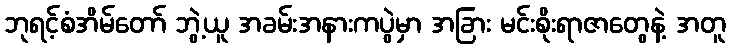
ဘုရင့်စံအိမ်တော် ဘွဲ့ယူ အခမ်းအနားကပွဲမှာ အခြား မင်းစိုးရာဇာတွေနဲ့ အတူ